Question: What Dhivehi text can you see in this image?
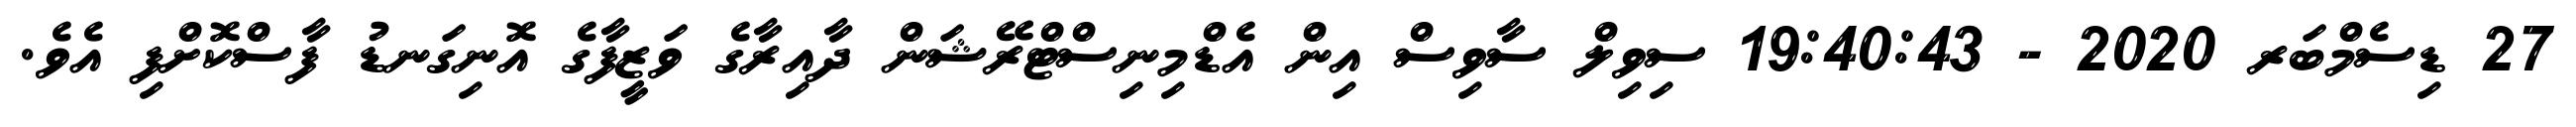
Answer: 27 ޑިސެމްބަރ 2020 - 19:40:43 ސިވިލް ސާވިސް އިން އެޑްމިނިސްޓްރޭޝަން ދާއިރާގެ ވަޒީފާގެ އޮނިގަނޑު ފާސްކޮށްފި އެވެ.